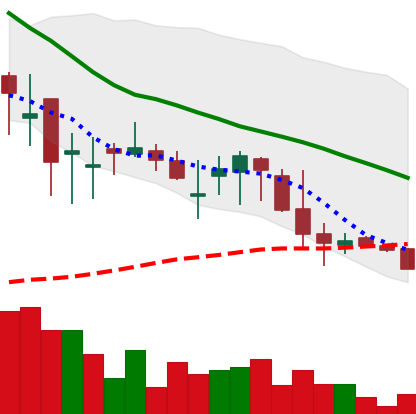
Ticker: DOGE-USD
Chart end date: 2018-05-28
Forward return: 10.291%
Label: up_7plus